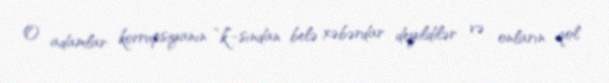
O adamlar korrupsiyanın “k”-sından belə xəbərdar deyildilər və onların qol